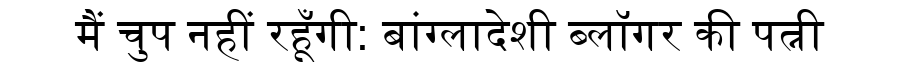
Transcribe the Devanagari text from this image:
मैं चुप नहीं रहूँगी: बांग्लादेशी ब्लॉगर की पत्नी